Annual statistical returns and brief notes on vaccination in Bengal - 1909-1929
Year: 1909
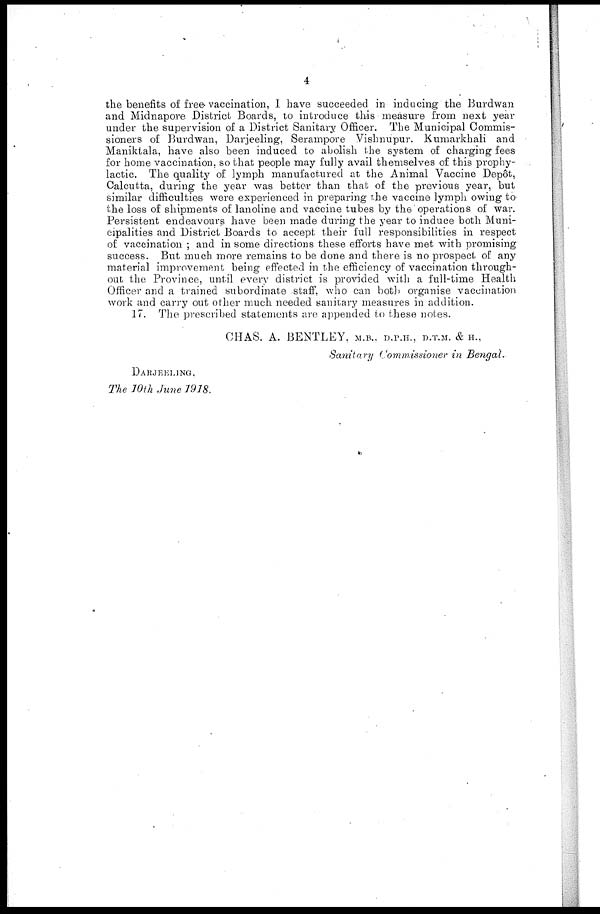
4
the benefits of free vaccination, I have succeeded in inducing the Burdwan
and Midnapore District Boards, to introduce this measure from next year
under the supervision of a District Sanitary. Officer. The Municipal Commis-
sioners of Burdwan, Darjeeling, Serampore Vishnupur. Kumarkhali and
Maniktala, have also been induced to abolish the system of charging fees
for home vaccination, so that people may fully avail themselves of this prophy-
lactic. The quality of lymph manufactured at the Animal Vaccine Depôt,
Calcutta, during the year was better than that of the previous year, but
similar difficulties were experienced in preparing the vaccine lymph owing to
the loss of shipments of lanoline and vaccine tubes by the operations of war.
Persistent endeavours have been made during the year to induce both Muni-
cipalities and District Boards to accept their full responsibilities in respect
of vaccination ; and in some directions these efforts have met with promising
success. But much more remains to be done and there is no prospect of any
material improvement being effected in the efficiency of vaccination through-
out the Province, until every district is provided with a full-time Health
Officer and a trained subordinate staff, who can both organise vaccination
work and carry out other much needed sanitary measures in addition.
17. The prescribed statements are appended to these notes.
CHAS. A. BENTLEY, M.B., D.P.H., D.T.M. & H.,
Sanitary Commissioner in Bengal.
DARJEELING.
The 10th June 1918.